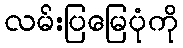
လမ်းပြမြေပုံကို